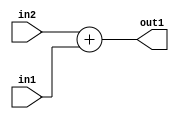
`timescale 1ps / 1ps
/*****************************************************************************
    Verilog RTL Description
    
    
    Created by: Stratus DpOpt 2019.1.01 
*******************************************************************************/

module DC_Filter_Add_8Ux4U_9U_4 (
	in2,
	in1,
	out1
	); /* architecture "behavioural" */ 
input [7:0] in2;
input [3:0] in1;
output [8:0] out1;
wire [8:0] asc001;

assign asc001 = 
	+(in2)
	+(in1);

assign out1 = asc001;
endmodule

/* CADENCE  urnxQwA= : u9/ySgnWtBlWxVPRXgAZ4Og= ** DO NOT EDIT THIS LINE ******/